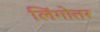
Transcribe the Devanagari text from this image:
लिंगोत्तर